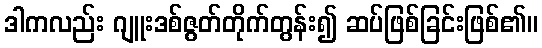
ဒါကလည်း ဂျူးဒစ်ဇွတ်တိုက်တွန်း၍ ဆပ်ဖြစ်ခြင်းဖြစ်၏။